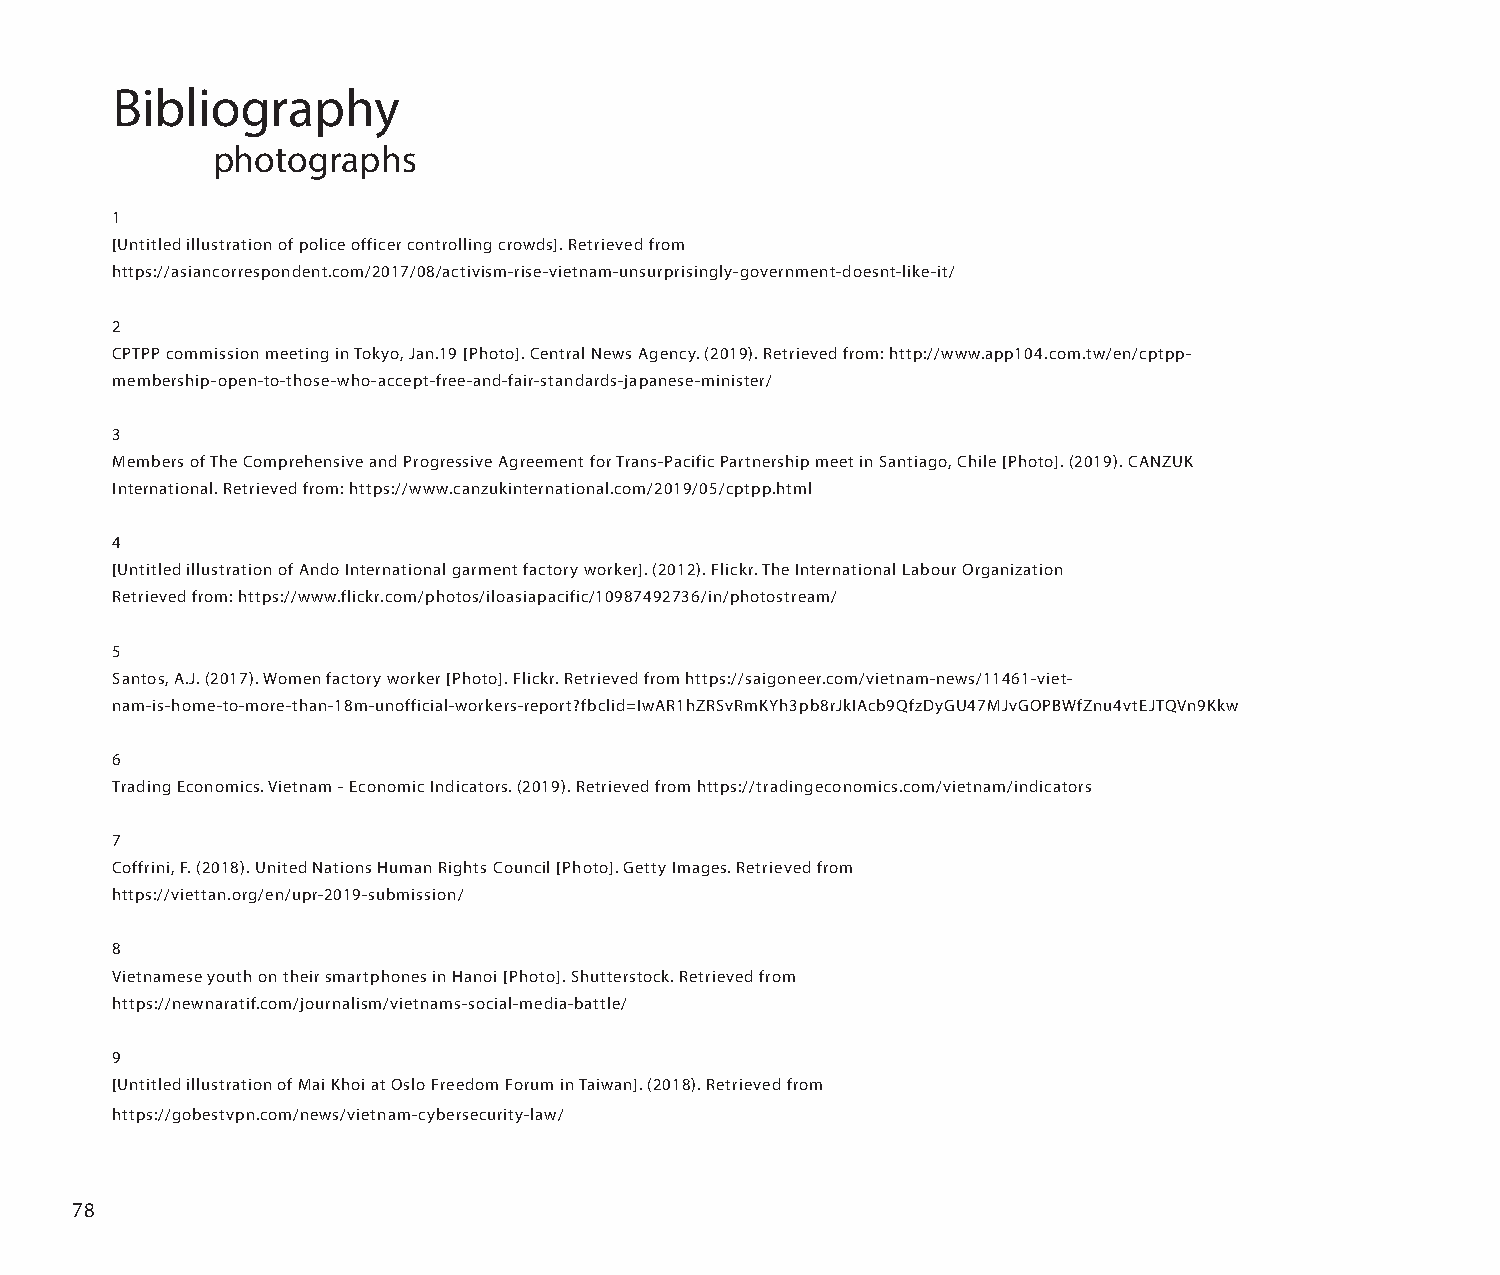
Bibliography
 photographs
 1
 [Untitled illustration of police officer controlling crowds]. Retrieved from
 https://asiancorrespondent.com/2017/08/activism-rise-vietnam-unsurprisingly-government-doesnt-like-it/
 2
 CPTPP commission meeting in Tokyo, Jan.19 [Photo]. Central News Agency. (2019). Retrieved from: http://www.app104.com.tw/en/cptpp-
 membership-open-to-those-who-accept-free-and-fair-standards-japanese-minister/
 3
 Members of The Comprehensive and Progressive Agreement for Trans-Pacific Partnership meet in Santiago, Chile [Photo]. (2019). CANZUK
 International. Retrieved from: https://www.canzukinternational.com/2019/05/cptpp.html
 4
 [Untitled illustration of Ando International garment factory worker]. (2012). Flickr. The International Labour Organization
 Retrieved from: https://www.flickr.com/photos/iloasiapacific/10987492736/in/photostream/
 5
 Santos, A.J. (2017). Women factory worker [Photo]. Flickr. Retrieved from https://saigoneer.com/vietnam-news/11461-viet-
 nam-is-home-to-more-than-18m-unofficial-workers-report?fbclid=IwAR1hZRSvRmKYh3pb8rJkIAcb9QfzDyGU47MJvGOPBWfZnu4vtEJTQVn9Kkw
 6
 Trading Economics. Vietnam - Economic Indicators. (2019). Retrieved from https://tradingeconomics.com/vietnam/indicators
 7
 Coffrini, F. (2018). United Nations Human Rights Council [Photo]. Getty Images. Retrieved from
 https://viettan.org/en/upr-2019-submission/
 8
 Vietnamese youth on their smartphones in Hanoi [Photo]. Shutterstock. Retrieved from
 https://newnaratif.com/journalism/vietnams-social-media-battle/
 9
 [Untitled illustration of Mai Khoi at Oslo Freedom Forum in Taiwan]. (2018). Retrieved from
 https://gobestvpn.com/news/vietnam-cybersecurity-law/
 78